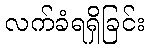
လက်ခံရရှိခြင်း